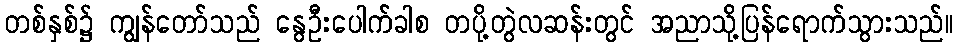
တစ်နှစ်၌ ကျွန်တော်သည် နွေဦးပေါက်ခါစ တပို့တွဲလဆန်းတွင် အညာသို့ပြန်ရောက်သွားသည်။